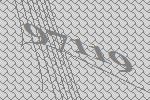
97119